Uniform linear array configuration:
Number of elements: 16
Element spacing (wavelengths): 1
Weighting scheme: kaiser
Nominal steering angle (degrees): -15
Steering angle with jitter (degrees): -16.561
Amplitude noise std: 0.05
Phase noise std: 0.05

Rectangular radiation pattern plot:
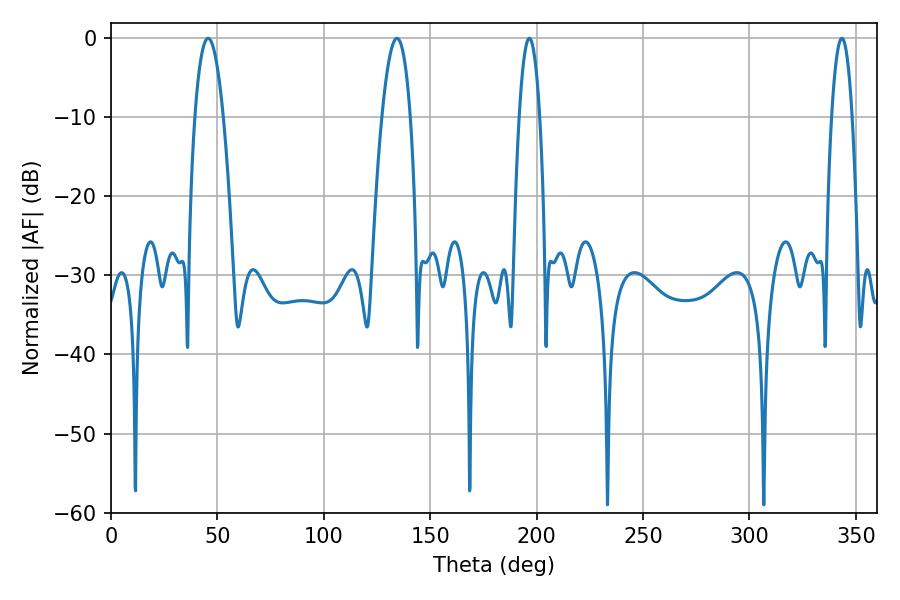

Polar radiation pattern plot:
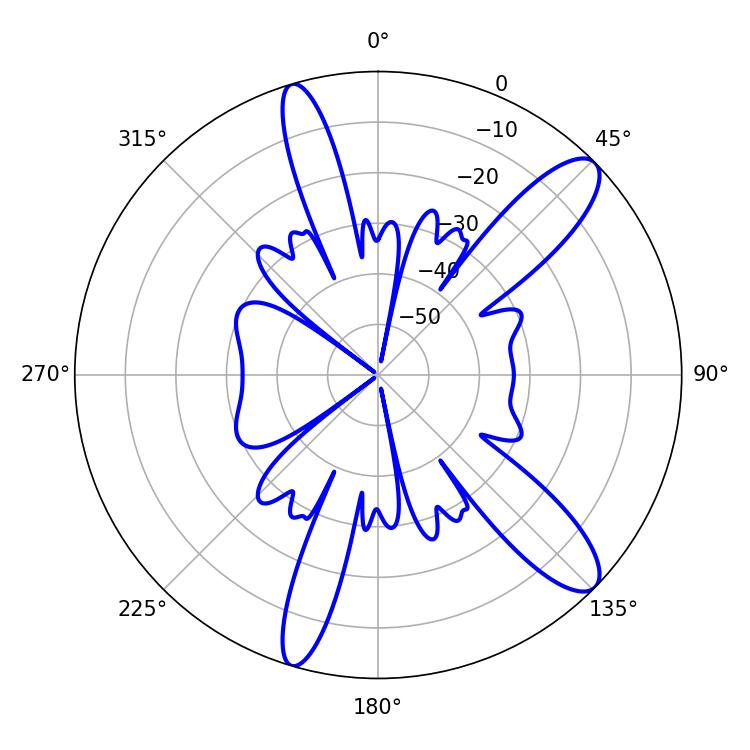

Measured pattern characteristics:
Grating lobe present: TRUE
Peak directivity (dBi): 11.53
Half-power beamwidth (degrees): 5.4
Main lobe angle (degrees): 196.56